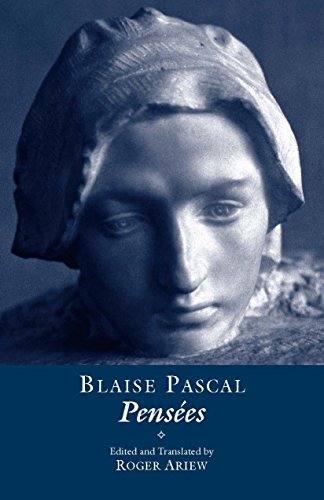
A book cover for PensÃ©es; Blaise Pascal; Politics & Social Sciences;